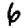
Digit: 6